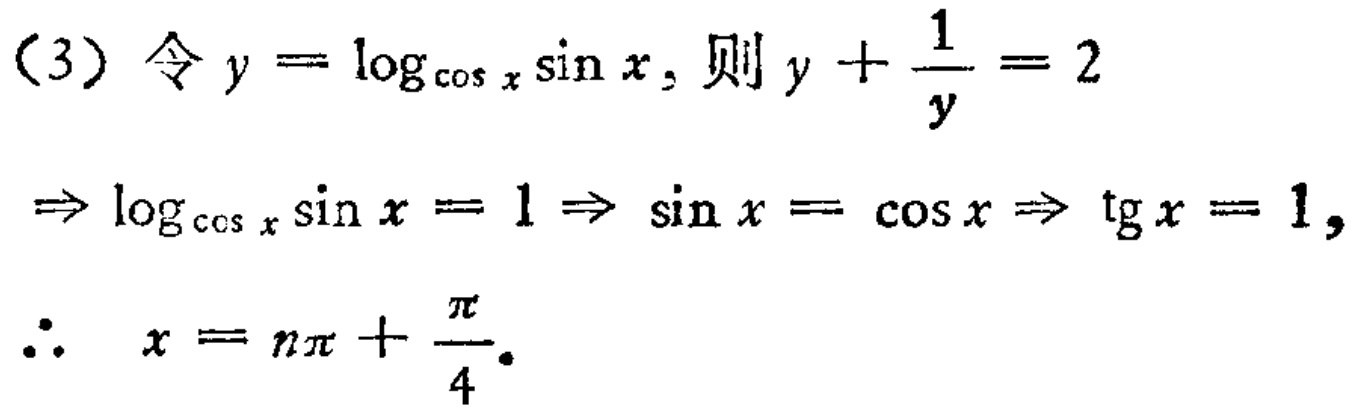
(3) 令 \(y = \log_{\cos x}\sin x\), 则 \(y+\frac{1}{y}=2\)
\(\Rightarrow \log_{\cos x}\sin x = 1\Rightarrow \sin x=\cos x\Rightarrow \text{tg }x = 1\),
\(\therefore x = n\pi+\frac{\pi}{4}\).